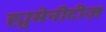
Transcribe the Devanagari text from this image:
ह्युमेनीटीज़